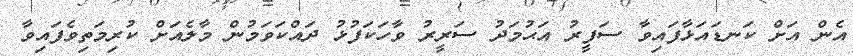
އެން އަށް ކަނޑައަޅާފައިވާ ސަފީރު އަޙުމަދު ސަރީރު ވާހަކަފުޅު ދައްކަވަމުން މާލެއަށް ކުރިމަތިވެފައިވާ